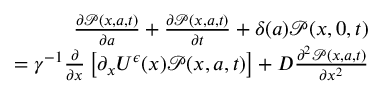
\begin{array} { r l r } & { } & { \frac { \partial { \mathcal P } ( x , a , t ) } { \partial a } + \frac { \partial { \mathcal P } ( x , a , t ) } { \partial t } + \delta ( a ) { \mathcal P } ( x , 0 , t ) } \\ & { } & { \quad = \gamma ^ { - 1 } \frac { \partial } { \partial x } \left[ \partial _ { x } U ^ { \epsilon } ( x ) { \mathcal P } ( x , a , t ) \right] + D \frac { \partial ^ { 2 } { \mathcal P } ( x , a , t ) } { \partial x ^ { 2 } } } \end{array}